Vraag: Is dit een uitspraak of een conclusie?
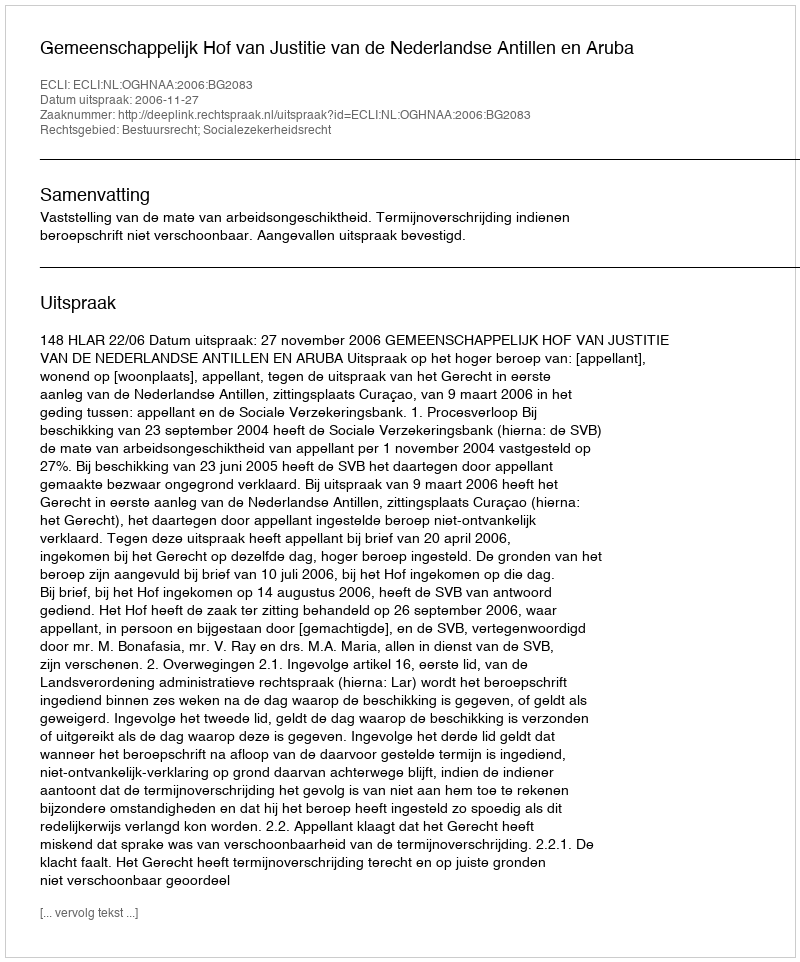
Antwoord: Uitspraak